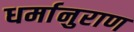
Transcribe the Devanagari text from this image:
धर्मानुराण